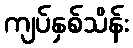
ကျပ်နှစ်သိန်း